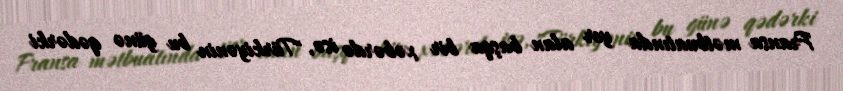
Fransa mətbuatında yer alan başqa bir xəbərdə isə, "Türkiyənin bu günə qədərki